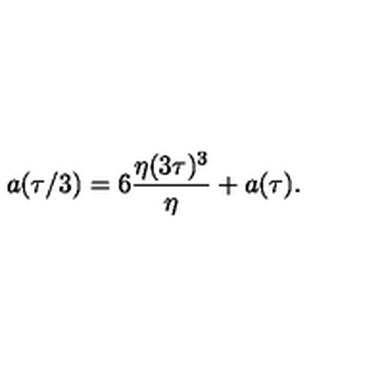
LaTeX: a ( \tau / 3 ) = 6 { \frac { \eta ( 3 \tau ) ^ { 3 } } { \eta } } + a ( \tau ) .